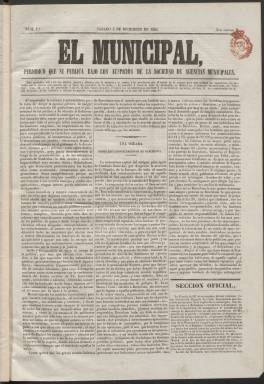
Título: El Municipal (Madrid)
Colección: Periódicos anteriores a 1850
Ámbito geográfico: Madrid
Lugar de publicación: Madrid
Fechas: 03/12/1842-13/05/1843